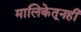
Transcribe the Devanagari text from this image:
मालिकेतूनही